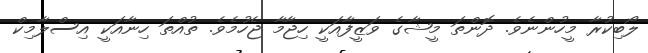
ލޯބިކުރާ މީހުންނެވެ. ދޮންތަ މީޝާގެ ވަޒީފާއަކީ ހިޖާމާ ޖެހުމެވެ. ތުއްތަ ހިނާއަކީ އިސްލާމިކް